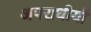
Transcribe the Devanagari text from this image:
अपराधीयों